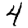
Digit: 4